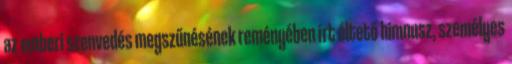
az emberi szenvedés megszűnésének reményében írt éltető himnusz, személyes